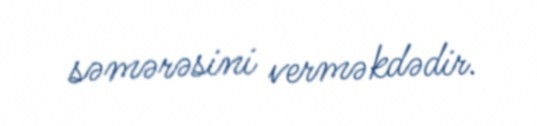
səmərəsini verməkdədir.